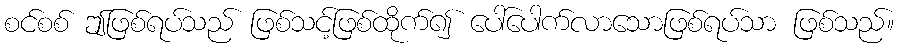
စင်စစ် ဤဖြစ်ရပ်သည် ဖြစ်သင့်ဖြစ်ထိုက်၍ ပေါ်ပေါက်လာသောဖြစ်ရပ်သာ ဖြစ်သည်။